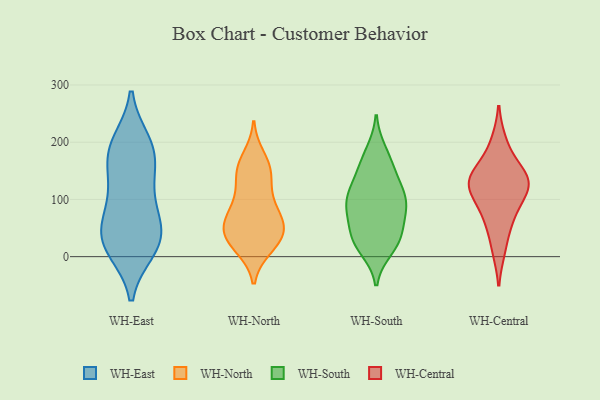
{"axis": {"x": "Tickets Resolved", "y": "Value"}, "legend": ["WH-Central", "WH-East", "WH-North", "WH-South"], "data": [{"x": "", "y": 113, "type": "WH-East"}, {"x": "", "y": 193, "type": "WH-East"}, {"x": "", "y": 189, "type": "WH-East"}, {"x": "", "y": 43, "type": "WH-East"}, {"x": "", "y": 31, "type": "WH-East"}, {"x": "", "y": 61, "type": "WH-East"}, {"x": "", "y": 199, "type": "WH-East"}, {"x": "", "y": 13, "type": "WH-East"}, {"x": "", "y": 168, "type": "WH-East"}, {"x": "", "y": 15, "type": "WH-East"}, {"x": "", "y": 158, "type": "WH-East"}, {"x": "", "y": 61, "type": "WH-East"}, {"x": "", "y": 21, "type": "WH-East"}, {"x": "", "y": 109, "type": "WH-East"}, {"x": "", "y": 46, "type": "WH-North"}, {"x": "", "y": 41, "type": "WH-North"}, {"x": "", "y": 148, "type": "WH-North"}, {"x": "", "y": 120, "type": "WH-North"}, {"x": "", "y": 44, "type": "WH-North"}, {"x": "", "y": 163, "type": "WH-North"}, {"x": "", "y": 139, "type": "WH-North"}, {"x": "", "y": 85, "type": "WH-North"}, {"x": "", "y": 175, "type": "WH-North"}, {"x": "", "y": 18, "type": "WH-North"}, {"x": "", "y": 45, "type": "WH-North"}, {"x": "", "y": 150, "type": "WH-North"}, {"x": "", "y": 69, "type": "WH-North"}, {"x": "", "y": 92, "type": "WH-North"}, {"x": "", "y": 58, "type": "WH-North"}, {"x": "", "y": 15, "type": "WH-North"}, {"x": "", "y": 17, "type": "WH-North"}, {"x": "", "y": 82, "type": "WH-North"}, {"x": "", "y": 43, "type": "WH-North"}, {"x": "", "y": 32, "type": "WH-South"}, {"x": "", "y": 105, "type": "WH-South"}, {"x": "", "y": 27, "type": "WH-South"}, {"x": "", "y": 89, "type": "WH-South"}, {"x": "", "y": 85, "type": "WH-South"}, {"x": "", "y": 129, "type": "WH-South"}, {"x": "", "y": 168, "type": "WH-South"}, {"x": "", "y": 14, "type": "WH-South"}, {"x": "", "y": 183, "type": "WH-South"}, {"x": "", "y": 69, "type": "WH-South"}, {"x": "", "y": 29, "type": "WH-South"}, {"x": "", "y": 36, "type": "WH-South"}, {"x": "", "y": 86, "type": "WH-South"}, {"x": "", "y": 97, "type": "WH-South"}, {"x": "", "y": 152, "type": "WH-South"}, {"x": "", "y": 121, "type": "WH-South"}, {"x": "", "y": 123, "type": "WH-Central"}, {"x": "", "y": 71, "type": "WH-Central"}, {"x": "", "y": 117, "type": "WH-Central"}, {"x": "", "y": 157, "type": "WH-Central"}, {"x": "", "y": 199, "type": "WH-Central"}, {"x": "", "y": 127, "type": "WH-Central"}, {"x": "", "y": 136, "type": "WH-Central"}, {"x": "", "y": 14, "type": "WH-Central"}, {"x": "", "y": 130, "type": "WH-Central"}, {"x": "", "y": 69, "type": "WH-Central"}]}